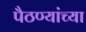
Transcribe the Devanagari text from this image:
पैठण्यांच्या